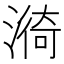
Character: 𭲆